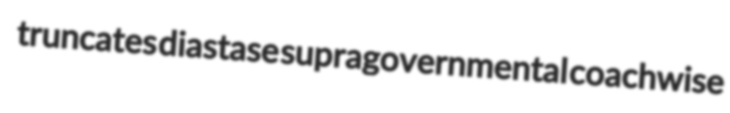
truncates diastase supragovernmental coachwise